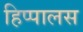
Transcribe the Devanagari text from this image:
हिप्पालस